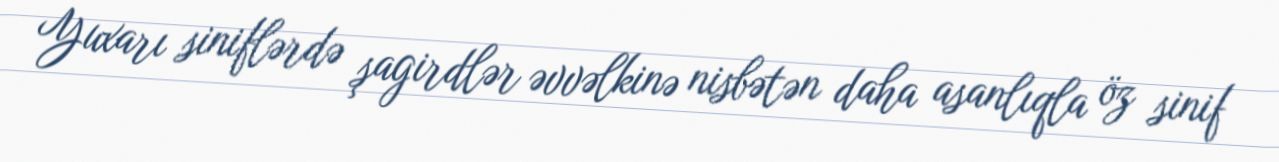
Yuxarı siniflərdə şagirdlər əvvəlkinə nisbətən daha asanlıqla öz sinif